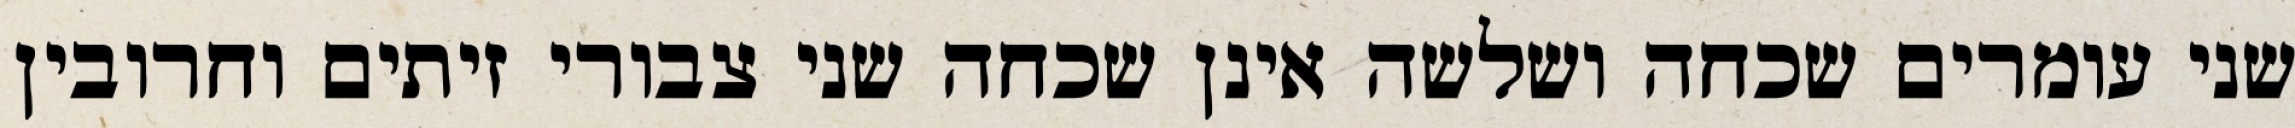
שני עומרים שכחה ושלשה אינן שכחה שני צבורי זיתים וחרובין